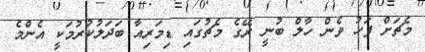
މެޗަށް ފަހު ވެން ހާލް ބުނީ ރޭގެ މެޗުގައި ޑިމަރިއާ ބަދަލުކުރުމަކީ އެންމެ